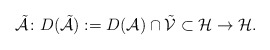
\begin{align*}\tilde{\mathcal{A}} \colon D(\tilde{\mathcal{A}}) := D(\mathcal{A}) \cap \tilde{\mathcal{V}} \subset \mathcal{H} \to \mathcal{H}. \end{align*}